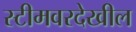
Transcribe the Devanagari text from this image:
स्टीमवरदेखील